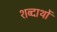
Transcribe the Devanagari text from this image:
शब्दार्थो